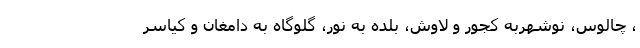
، چالوس، نوشهربه کجور و لاوش، بلده به نور، گلوگاه به دامغان و کیاسر